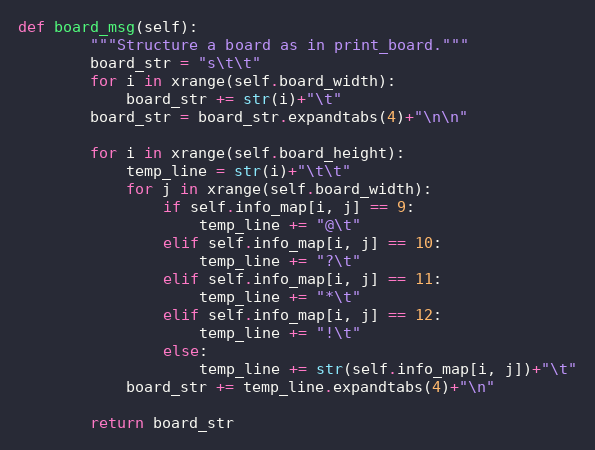
Language: Python
def board_msg(self):
        """Structure a board as in print_board."""
        board_str = "s\t\t"
        for i in xrange(self.board_width):
            board_str += str(i)+"\t"
        board_str = board_str.expandtabs(4)+"\n\n"

        for i in xrange(self.board_height):
            temp_line = str(i)+"\t\t"
            for j in xrange(self.board_width):
                if self.info_map[i, j] == 9:
                    temp_line += "@\t"
                elif self.info_map[i, j] == 10:
                    temp_line += "?\t"
                elif self.info_map[i, j] == 11:
                    temp_line += "*\t"
                elif self.info_map[i, j] == 12:
                    temp_line += "!\t"
                else:
                    temp_line += str(self.info_map[i, j])+"\t"
            board_str += temp_line.expandtabs(4)+"\n"

        return board_str